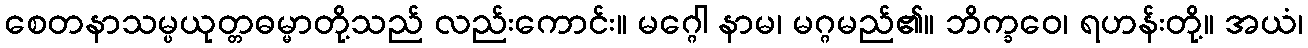
စေတနာသမ္ပယုတ္တဓမ္မာတို့သည် လည်းကောင်း။ မဂ္ဂေါ နာမ၊ မဂ္ဂမည်၏။ ဘိက္ခဝေ၊ ရဟန်းတို့။ အယံ၊